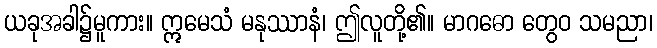
ယခုအခါ၌မူကား။ ဣမေသံ မနုဿာနံ၊ ဤလူတို့၏။ မာဂဓော တွေဝ သမညာ၊